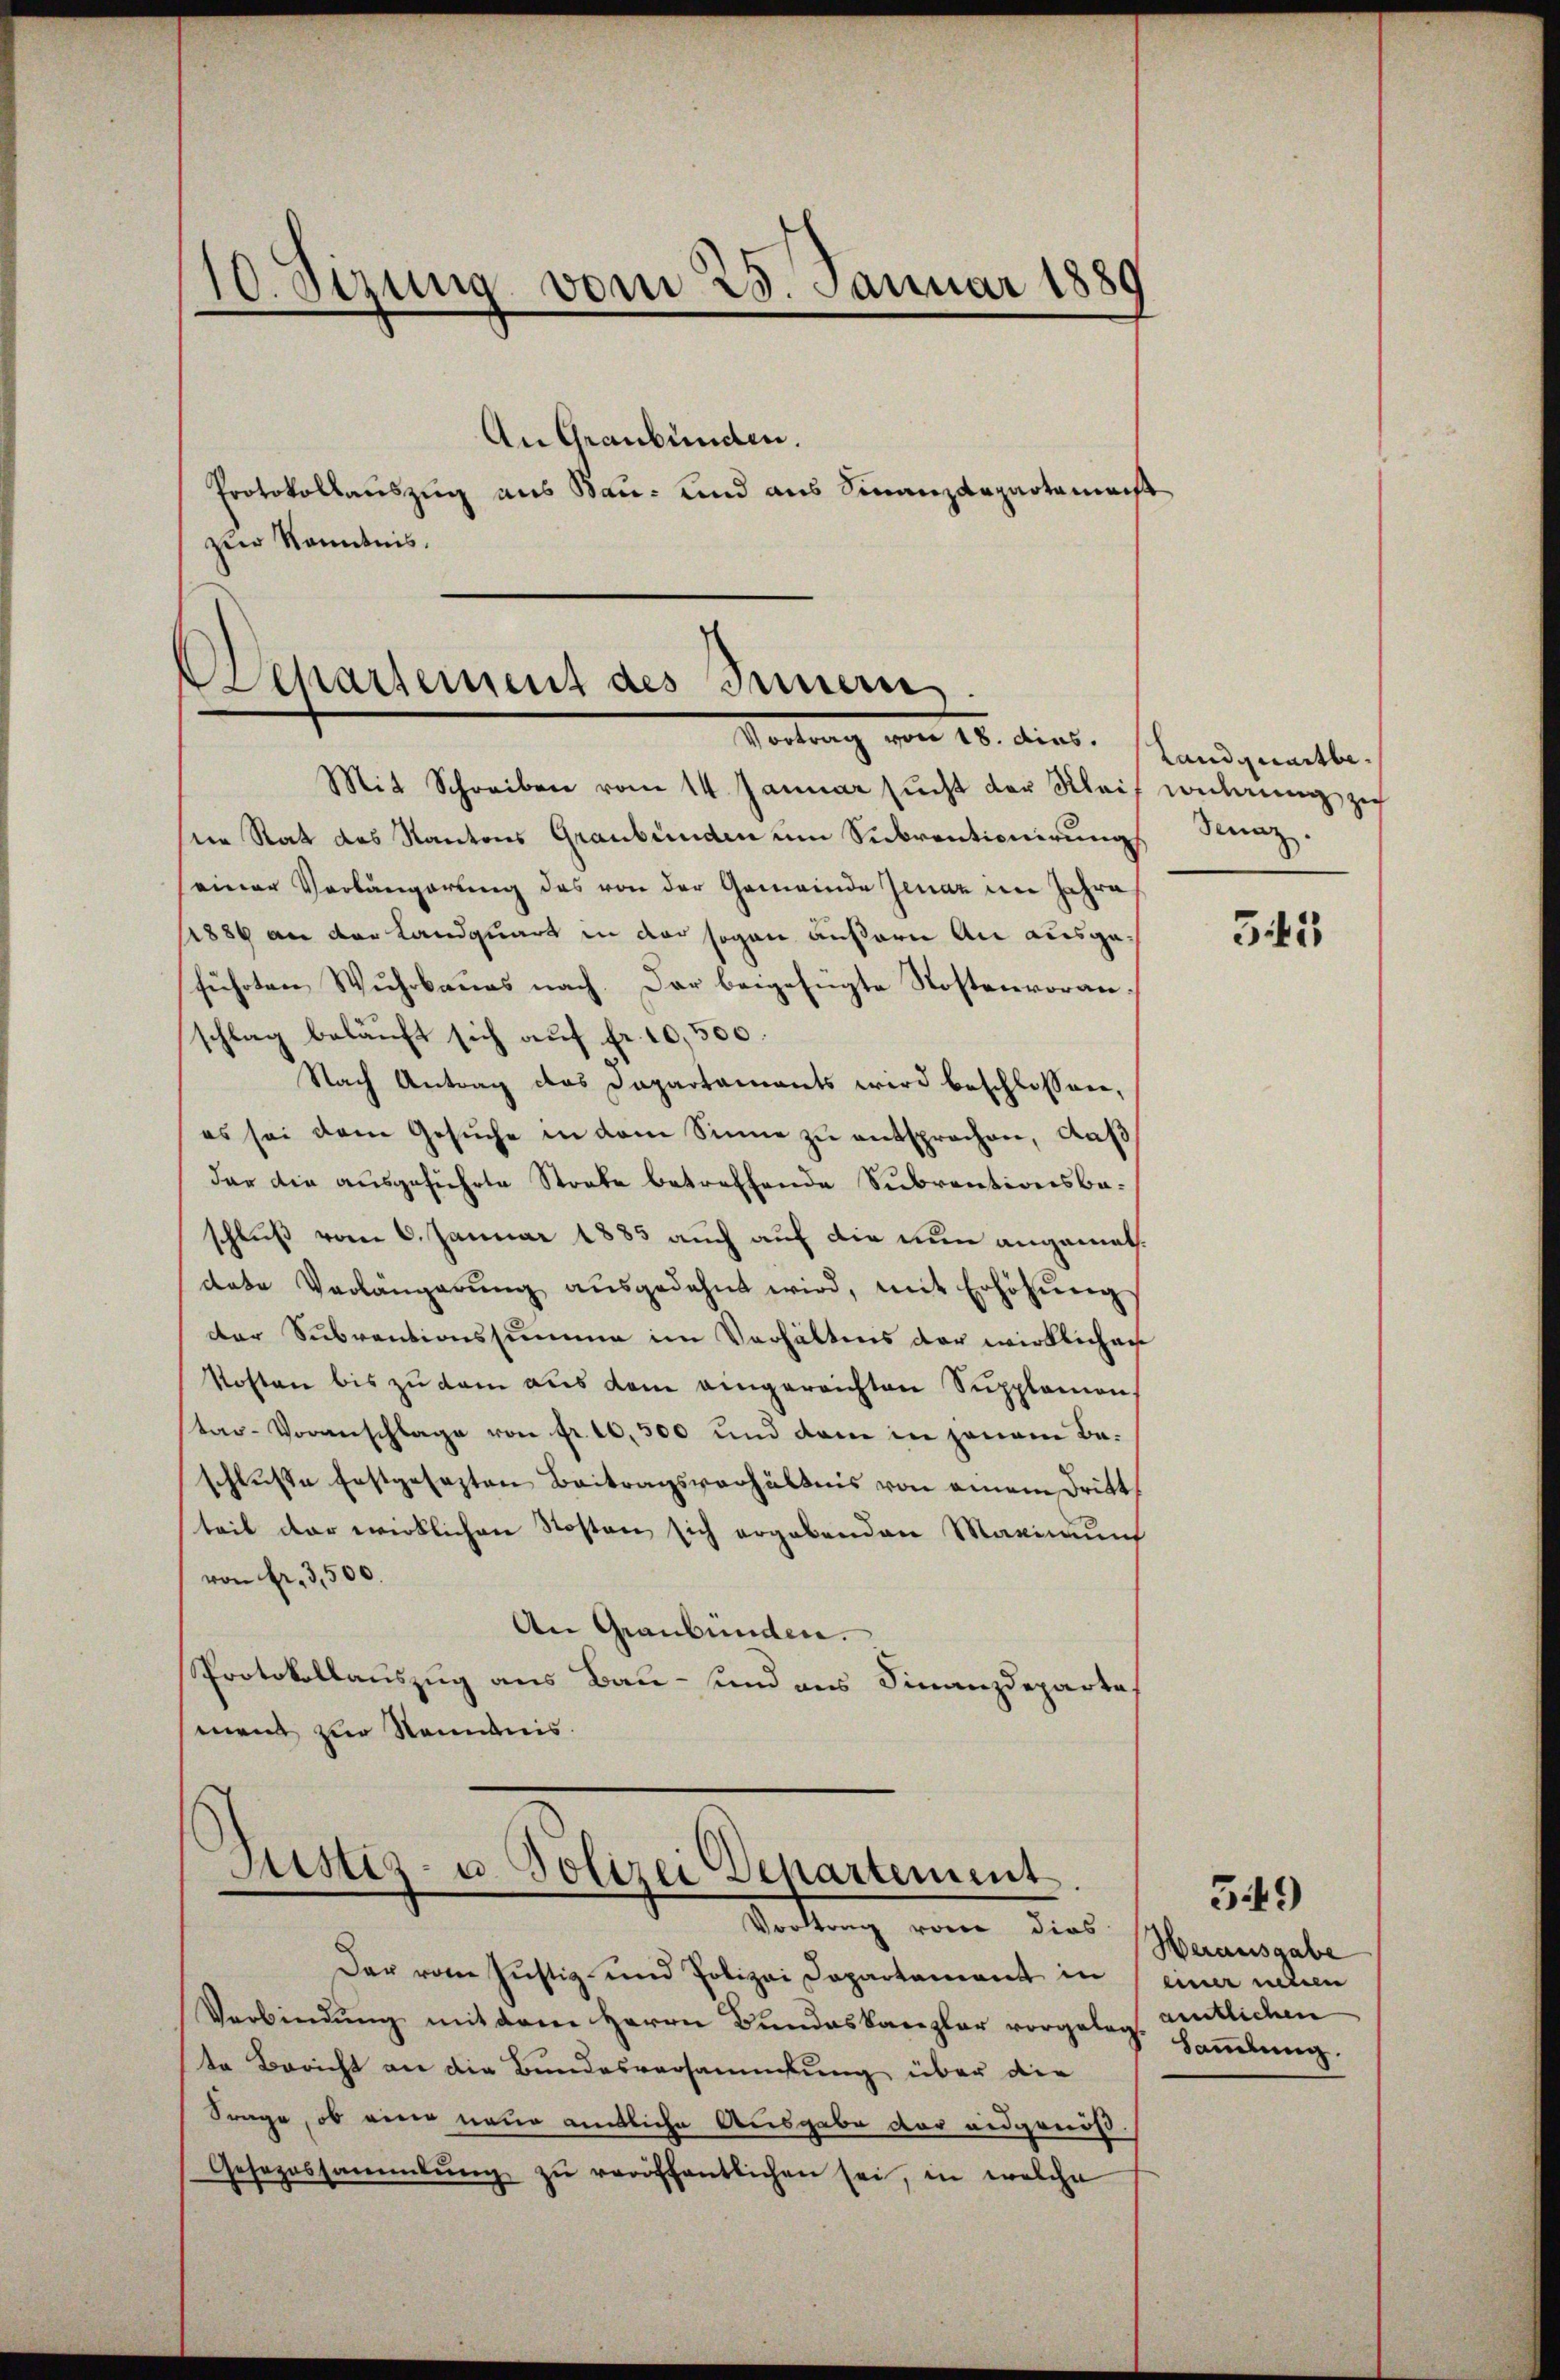
10. Sizung vom 25. Januar 1889
An Graubünden.
Protokollauszug aus Bau- und aus Finanzdepartamacht
zur Kenntnis.

Departement des Innern
Vortrag von 15. dies. stand gemitte.

Justiz- u. Polizei Departement.
Vortrag von dies

Mit Schreiben vom 14. Januar sŭcht der Kleif wndŭng zu
sein Rat das Kantons Graubünden um Subventionirung Kunz.
einer Verlängerung des von der Gemeinde Jenaz im Jahre
1886 an der Landquart in der sogan äußern An ausgeführten Wuhrbaues nach. Der beigefügte Kostenvoranschlag beläuft sich auf fr. 10,500.
Nach Antrag das Dapartaments wird beschlossen,
es sei dem Gesŭche in dem Sinne zŭ entsprochen, daß
dar die ausgeführte Stocke betreffende Subventionsbaschluß vom 6. Januar 1885 auch auf die nun angemathdate Verlängerŭng aŭsgedehnt wird, mit Erhöhŭng
der Subventionssumme im Verhältens der wirklichen
Kosten bis zu kam aus dem eingereichten Supplemen
tag-Voranschlage von fr. 10,300 und dem in jenem Be-
schluße festgesezten Beitragsverhältnis von einem Dritt
teil der wirklichen Kosten sich ergabenden Maximum
von Fr. 3,500.
An Graubünden.
Protokollauszug aus Bau- und aus Finanzdeparte.
ment zur Nenntnis.

Der vom Justiz- und Polizei Departement in
Verbindung mit dem Herrn Bundeskanzler vorgelegt amtlichen
te Bericht an die Bundesversammlung über die
Frage, ob eine neue amtliche Ausgabe der eidgenöß¬
Gesezessammlung zŭ veröffentlichen sei, in welche

343

3.49
Werausgabe
u inten
Sammlung.